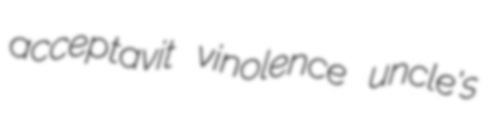
acceptavit vinolence uncle's